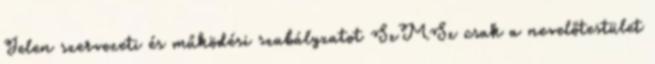
Jelen szervezeti és működési szabályzatot SzMSz csak a nevelőtestület